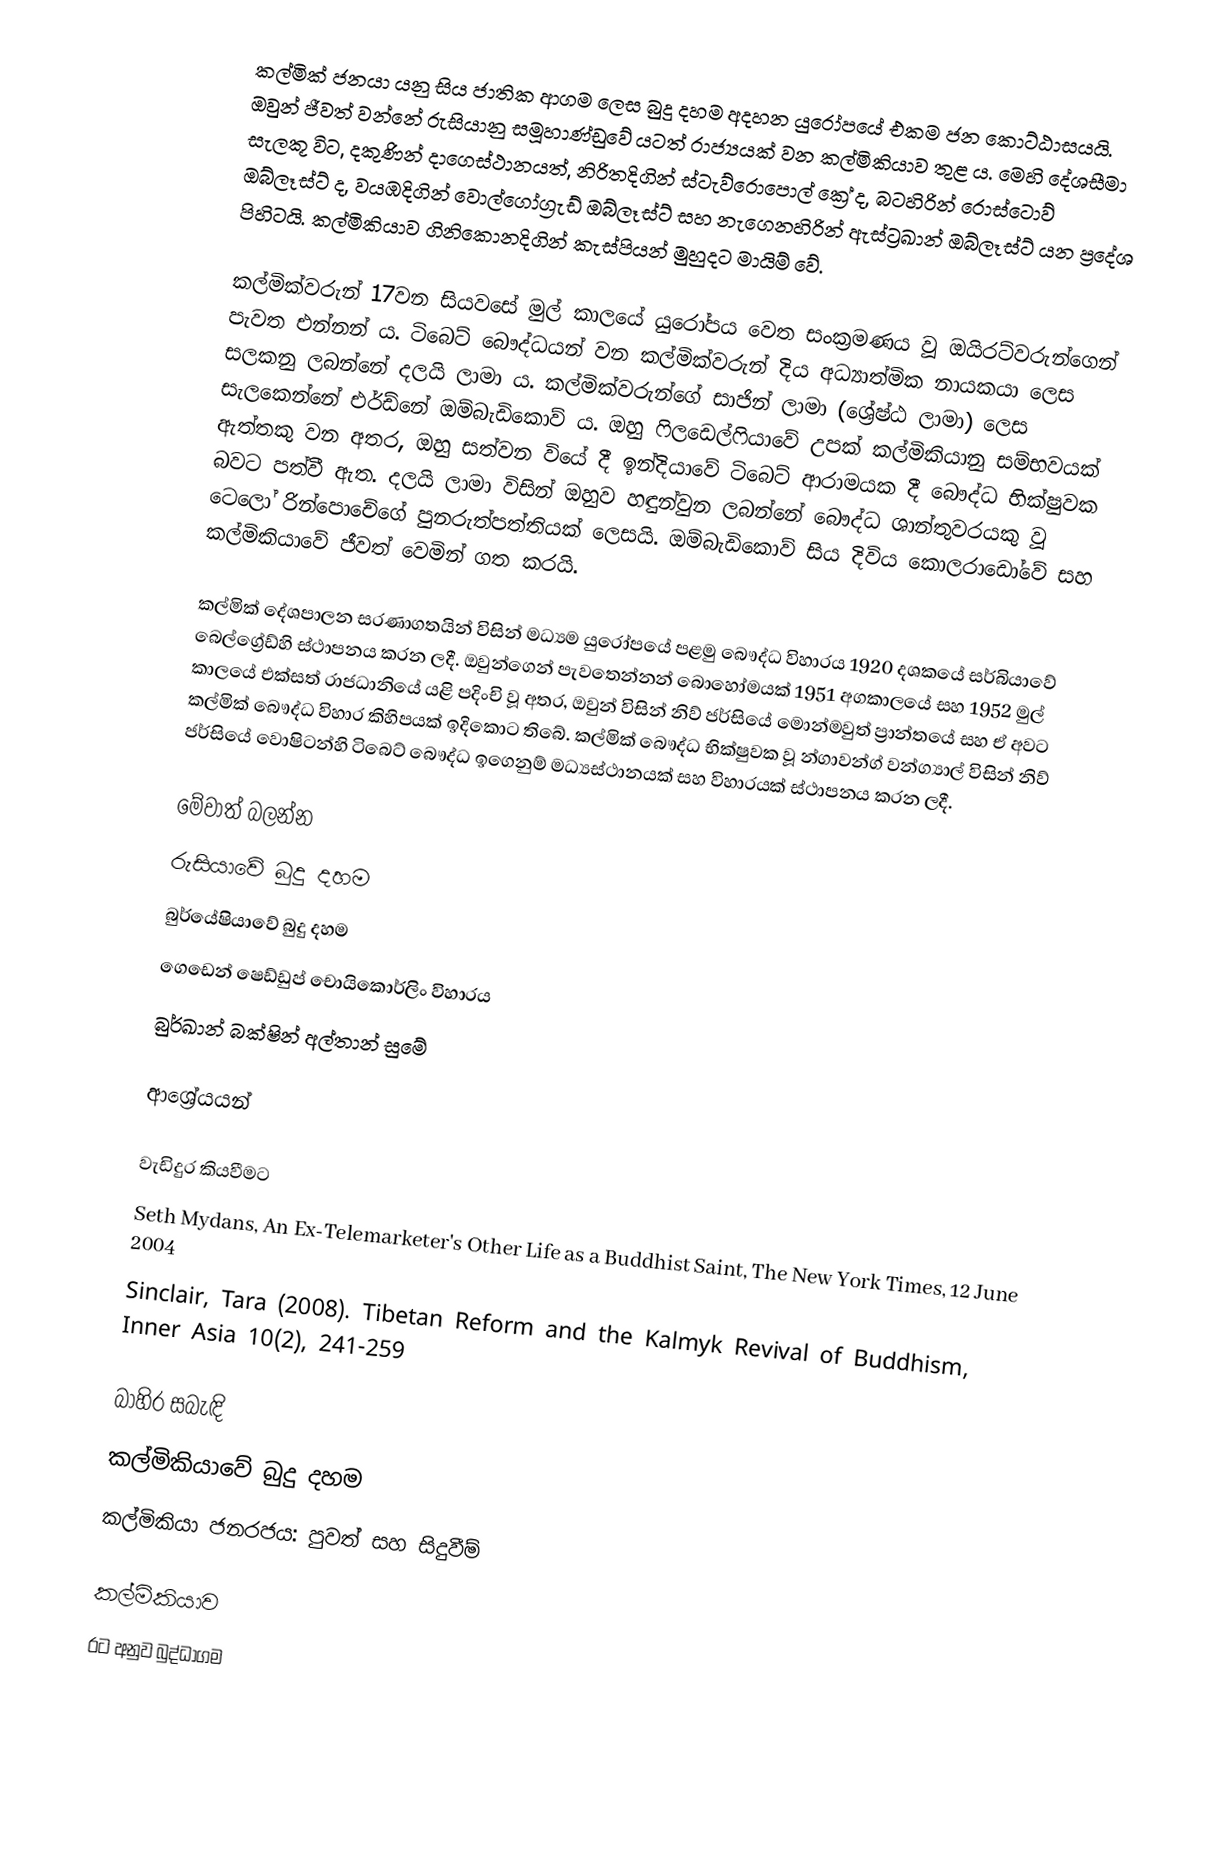
කල්මික් ජනයා යනු සිය ජාතික ආගම ලෙස බුදු දහම අදහන යුරෝපයේ එකම ජන කොට්ඨාසයයි. ඔවුන් ජීවත් වන්නේ රුසියානු සමූහාණ්ඩුවේ යටත් රාජ්‍යයක් වන කල්මිකියාව තුළ ය. මෙහි දේශසීමා සැලකූ විට, දකුණින් දාගෙස්ථානයත්, නිරිතදිගින් ස්ටැව්රොපොල් ක්‍රේ ද, බටහිරින් රොස්ටොව් ඔබ්ලෑස්ට් ද, වයඹදිගින් වොල්ගෝග්‍රැඩ් ඔබ්ලෑස්ට් සහ නැගෙනහිරින් ඇස්ට්‍රඛාන් ඔබ්ලෑස්ට් යන ප්‍රදේශ පිහිටයි. කල්මිකියාව ගිනිකොනදිගින් කැස්පියන් මුහුදට මායිම් වේ.

කල්මික්වරුන් 17වන සියවසේ මුල් කාලයේ යුරෝපය වෙත සංක්‍රමණය වූ ඔයිරට්වරුන්ගෙන් පැවත එන්නන් ය. ටිබෙට් බෞද්ධයන් වන කල්මික්වරුන් දිය අධ්‍යාත්මික නායකයා ලෙස සලකනු ලබන්නේ දලයි ලාමා ය. කල්මික්වරුන්ගේ සාජින් ලාමා (ශ්‍රේෂ්ඨ ලාමා) ලෙස සැලකෙන්නේ එර්ඩ්නේ ඔම්බැඩිකොව් ය. ඔහු ෆිලඩෙල්‍ෆියාවේ උපක් කල්මිකියානු සම්භවයක් ඇත්තකු වන අතර, ඔහු සත්වන වියේ දී ඉන්දියාවේ ටිබෙට් ආරාමයක දී බෞද්ධ භික්ෂුවක බවට පත්වී ඇත. දලයි ලාමා විසින් ඔහුව හඳුන්වුන ලබන්නේ බෞද්ධ ශාන්තුවරයකු වූ ටෙලෝ රින්පොචේගේ පුනරුත්පත්තියක් ලෙසයි. ඔම්බැඩිකොව් සිය දිවිය කොලරාඩෝවේ සහ කල්මිකියාවේ ජීවත් වෙමින් ගත කරයි.

කල්මික් දේශපාලන සරණාගතයින් විසින් මධ්‍යම යුරෝපයේ පළමු බෞද්ධ විහාරය 1920 දශකයේ සර්බියාවේ බෙල්ග්‍රේඩ්හි ස්ථාපනය කරන ලදී. ඔවුන්ගෙන් පැවතෙන්නන් බොහෝමයක් 1951 අගකාලයේ සහ 1952 මුල් කාලයේ එක්සත් රාජධානියේ යළි පදිංචි වූ අතර, ඔවුන් විසින් නිව් ජර්සියේ මොන්මවුත් ප්‍රාන්තයේ සහ ඒ අවට කල්මික් බෞද්ධ විහාර කිහිපයක් ඉදිකොට තිබේ. කල්මික් බෞද්ධ භික්ෂුවක වූ න්ගාවන්ග් වන්ග්‍යාල් විසින් නිව් ජර්සියේ වොෂිටන්හි ටිබෙට් බෞද්ධ ඉගෙනුම් මධ්‍යස්ථානයක් සහ විහාරයක් ස්ථාපනය කරන ලදී.

මේවාත් බලන්න
රුසියාවේ බුදු දහම
බුර්යේෂියාවේ බුදු දහම
ගෙඩෙන් ෂෙඩ්ඩුප් චොයිකොර්ලිං විහාරය
බුර්ඛාන් බක්ෂින් අල්තාන් සුමේ

ආශ්‍රේයයන්

වැඩිදුර කියවීමට
Seth Mydans, An Ex-Telemarketer's Other Life as a Buddhist Saint, The New York Times, 12 June 2004
Sinclair, Tara (2008). Tibetan Reform and the Kalmyk Revival of Buddhism, Inner Asia 10(2), 241-259

බාහිර සබැඳි
කල්මිකියාවේ බුදු දහම
කල්මිකියා ජනරජය: පුවත් සහ සිදුවීම්

කල්මිකියාව
රට අනුව බුද්ධාගම